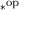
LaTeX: * ^ { \mathrm { o p } }